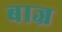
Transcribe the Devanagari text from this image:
बाज्र